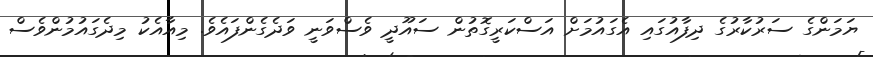
ޔަމަންގެ ސަރުކާރުގެ ދިފާއުގައި އެގައުމަށް އަސްކަރީގޮތުން ސައޫދީ ވެސްވަނީ ވަދެގެންފައެވެ. މިއާއެކު މިދެގައުމުންވެސް